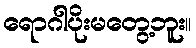
ရောဂါပိုးမတွေ့ဘူး။